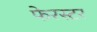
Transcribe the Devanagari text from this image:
फेरस्टर